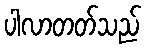
ပါလာတတ်သည်